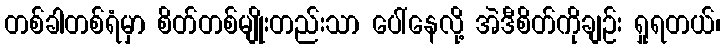
တစ်ခါတစ်ရံမှာ စိတ်တစ်မျိုးတည်းသာ ပေါ်နေလို့ အဲဒီစိတ်ကိုချဉ်း ရှုရတယ်၊